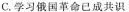
C.学习俄国革命已成共识